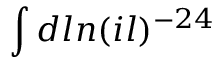
\int d l n ( i l ) ^ { - 2 4 }